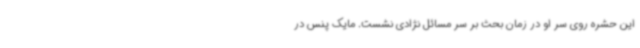
این حشره روی سر او در زمان بحث بر سر مسائل نژادی نشست. مایک پنس در